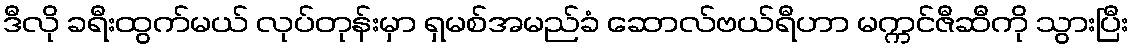
ဒီလို ခရီးထွက်မယ် လုပ်တုန်းမှာ ရှမစ်အမည်ခံ ဆောလ်ဗယ်ရီဟာ မက္ကင်ဇီဆီကို သွားပြီး